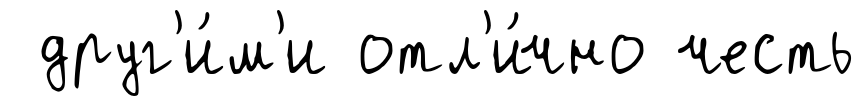
друг'и́м'и отл'и́чно честь